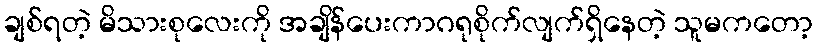
ချစ်ရတဲ့ မိသားစုလေးကို အချိန်ပေးကာဂရုစိုက်လျက်ရှိနေတဲ့ သူမကတော့